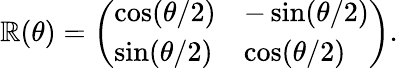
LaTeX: \mathbb{R}(\theta)=\left(\begin{array}{ll}{{\cos(\theta/2)}}&{{-\sin(\theta/2)}}\\ {{\sin(\theta/2)}}&{{\cos(\theta/2)}}\end{array}\right).